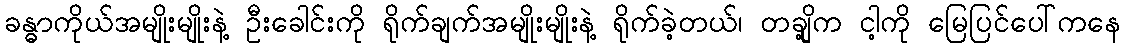
ခန္ဓာကိုယ်အမျိုးမျိုးနဲ့ ဦးခေါင်းကို ရိုက်ချက်အမျိုးမျိုးနဲ့ ရိုက်ခဲ့တယ်၊ တချို့က ငါ့ကို မြေပြင်ပေါ်ကနေ